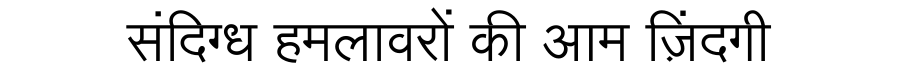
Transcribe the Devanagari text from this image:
संदिग्ध हमलावरों की आम ज़िंदगी